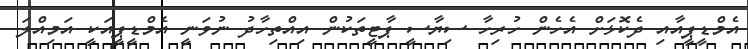
އެމްޑީޕީއާއި ދެކޮޅަށް އެހެން ހުރިހާ ސިޔާސީ ޕާޓީތަކުން އިއްތިހާދު ނުވަނީ އެމްޑީޕީއަކީ އަމިއްލަ